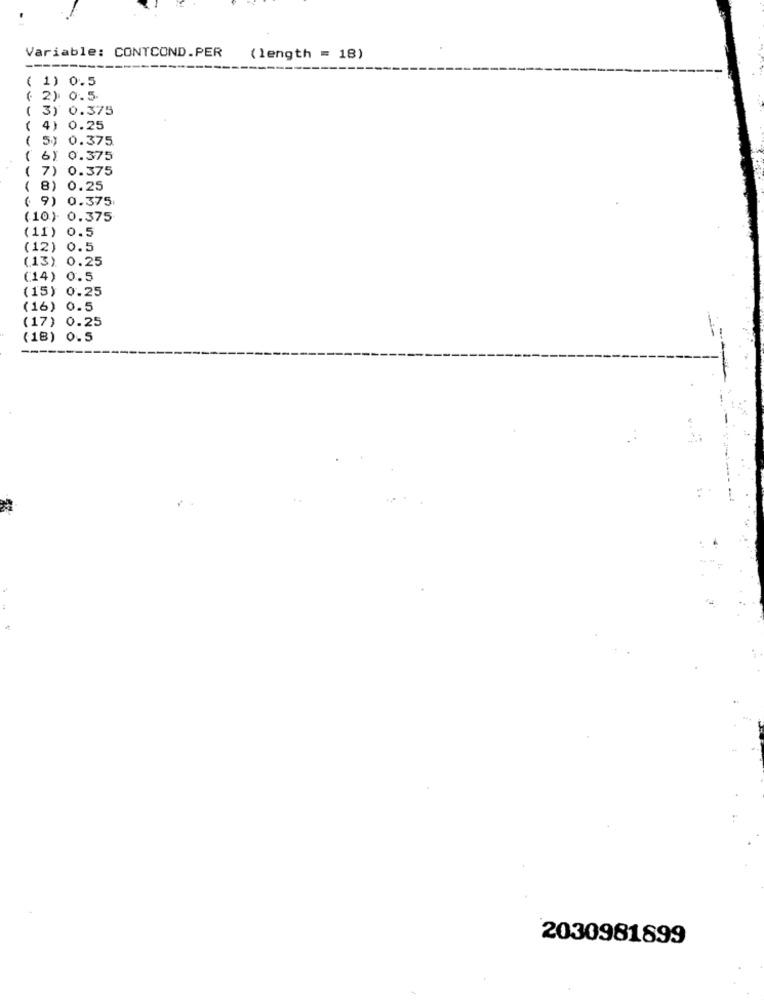
Variable: CONTCOND.PER
(length = 18)
----
( 1) 0.5
( 2) 0.5
( 3) 0.375
( 4) 0.25
( 5) 0.375
( 6) 0.375
( 7) 0.375
( 8) 0.25
( 9) 0.375
(10) 0.375
(11) 0.5
(12) 0.5
(13) 0.25
(14) 0.5
(15) 0.25
(16) 0.5
(17) 0.25
(18) 0.5
2030981899